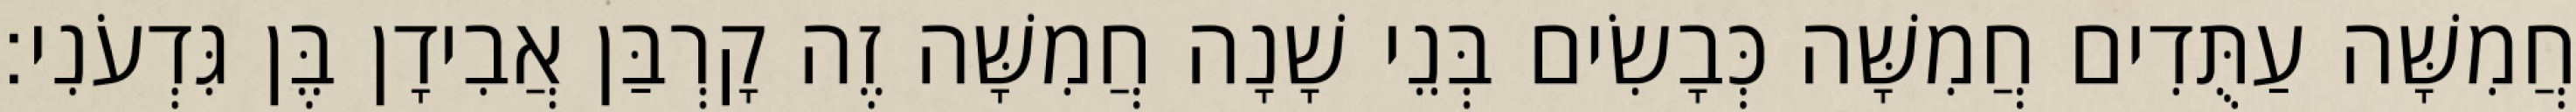
חֲמִשָּׁה עַתֻּדִים חֲמִשָּׁה כְּבָשִׂים בְּנֵי שָׁנָה חֲמִשָּׁה זֶה קָרְבַּן אֲבִידָן בֶּן גִּדְעֹנִי׃